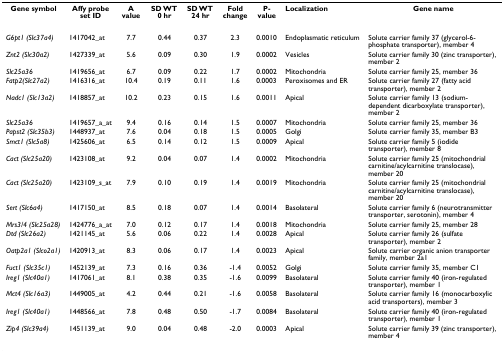
<table><thead><tr><td><b>Gene symbol</b></td><td><b>Affy probe set ID</b></td><td><b>A value</b></td><td><b>SD WT 0 hr</b></td><td><b>SD WT 24 hr</b></td><td><b>Fold change</b></td><td><b>P-value</b></td><td><b>Localization</b></td><td><b>Gene name</b></td></tr></thead><tbody><tr><td><i>G6pt1 (Slc37a4)</i></td><td>1417042_at</td><td>7.7</td><td>0.44</td><td>0.37</td><td>2.3</td><td>0.0010</td><td>Endoplasmatic reticulum</td><td>Solute carrier family 37 (glycerol-6-phosphate transporter), member 4</td></tr><tr><td><i>Znt2 (Slc30a2)</i></td><td>1427339_at</td><td>5.6</td><td>0.09</td><td>0.30</td><td>1.9</td><td>0.0002</td><td>Vesicles</td><td>Solute carrier family 30 (zinc transporter), member 2</td></tr><tr><td><i>Slc25a36</i></td><td>1419656_at</td><td>6.7</td><td>0.09</td><td>0.22</td><td>1.7</td><td>0.0002</td><td>Mitochondria</td><td>Solute carrier family 25, member 36</td></tr><tr><td><i>Fatp2(Slc27a2)</i></td><td>1416316_at</td><td>10.4</td><td>0.19</td><td>0.11</td><td>1.6</td><td>0.0003</td><td>Peroxisomes and ER</td><td>Solute carrier family 27 (fatty acid transporter), member 2</td></tr><tr><td><i>Nadc1 (Slc13a2)</i></td><td>1418857_at</td><td>10.2</td><td>0.23</td><td>0.15</td><td>1.6</td><td>0.0011</td><td>Apical</td><td>Solute carrier family 13 (sodium-dependent dicarboxylate transporter), member 2</td></tr><tr><td><i>Slc25a36</i></td><td>1419657_a_at</td><td>9.4</td><td>0.16</td><td>0.14</td><td>1.5</td><td>0.0007</td><td>Mitochondria</td><td>Solute carrier family 25, member 36</td></tr><tr><td><i>Papst2 (Slc35b3)</i></td><td>1448937_at</td><td>7.6</td><td>0.04</td><td>0.18</td><td>1.5</td><td>0.0005</td><td>Golgi</td><td>Solute carrier family 35, member B3</td></tr><tr><td><i>Smct1 (Slc5a8)</i></td><td>1425606_at</td><td>6.5</td><td>0.14</td><td>0.12</td><td>1.5</td><td>0.0009</td><td>Apical</td><td>Solute carrier family 5 (iodide transporter), member 8</td></tr><tr><td><i>Cact (Slc25a20)</i></td><td>1423108_at</td><td>9.2</td><td>0.04</td><td>0.07</td><td>1.4</td><td>0.0002</td><td>Mitochondria</td><td>Solute carrier family 25 (mitochondrial carnitine/acylcarnitine translocase), member 20</td></tr><tr><td><i>Cact (Slc25a20)</i></td><td>1423109_s_at</td><td>7.9</td><td>0.10</td><td>0.19</td><td>1.4</td><td>0.0019</td><td>Mitochondria</td><td>Solute carrier family 25 (mitochondrial carnitine/acylcarnitine translocase), member 20</td></tr><tr><td><i>Sert (Slc6a4)</i></td><td>1417150_at</td><td>8.5</td><td>0.18</td><td>0.07</td><td>1.4</td><td>0.0014</td><td>Basolateral</td><td>Solute carrier family 6 (neurotransmitter transporter, serotonin), member 4</td></tr><tr><td><i>Mrs3/4 (Slc25a28)</i></td><td>1424776_a_at</td><td>7.0</td><td>0.12</td><td>0.17</td><td>1.4</td><td>0.0018</td><td>Mitochondria</td><td>Solute carrier family 25, member 28</td></tr><tr><td><i>Dtd (Slc26a2)</i></td><td>1421145_at</td><td>5.6</td><td>0.06</td><td>0.22</td><td>1.4</td><td>0.0028</td><td>Apical</td><td>Solute carrier family 26 (sulfate transporter), member 2</td></tr><tr><td><i>Oatp2a1 (Slco2a1)</i></td><td>1420913_at</td><td>8.3</td><td>0.06</td><td>0.17</td><td>1.4</td><td>0.0023</td><td>Apical</td><td>Solute carrier organic anion transporter family, member 2a1</td></tr><tr><td><i>Fuct1 (Slc35c1)</i></td><td>1452139_at</td><td>7.3</td><td>0.16</td><td>0.36</td><td>-1.4</td><td>0.0052</td><td>Golgi</td><td>Solute carrier family 35, member C1</td></tr><tr><td><i>Ireg1 (Slc40a1)</i></td><td>1417061_at</td><td>8.1</td><td>0.38</td><td>0.35</td><td>-1.6</td><td>0.0099</td><td>Basolateral</td><td>Solute carrier family 40 (iron-regulated transporter), member 1</td></tr><tr><td><i>Mct4 (Slc16a3)</i></td><td>1449005_at</td><td>4.2</td><td>0.44</td><td>0.21</td><td>-1.6</td><td>0.0058</td><td>Basolateral</td><td>Solute carrier family 16 (monocarboxylic acid transporters), member 3</td></tr><tr><td><i>Ireg1 (Slc40a1)</i></td><td>1448566_at</td><td>7.8</td><td>0.48</td><td>0.50</td><td>-1.7</td><td>0.0084</td><td>Basolateral</td><td>Solute carrier family 40 (iron-regulated transporter), member 1</td></tr><tr><td><i>Zip4 (Slc39a4)</i></td><td>1451139_at</td><td>9.0</td><td>0.04</td><td>0.48</td><td>-2.0</td><td>0.0003</td><td>Apical</td><td>Solute carrier family 39 (zinc transporter), member 4</td></tr></tbody></table>